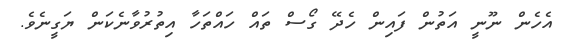
އެހެން ނޫނީ އަތުން ފައިން ހެދޭ ގޯސް ތައް ހައްތަހާ އިތުރުވާނެކަން ޔަގީނެވެ.